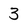
Character: 3